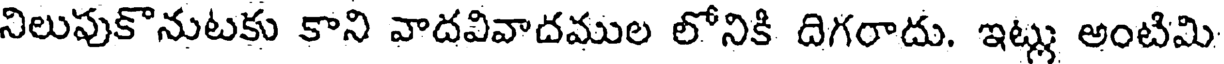
నిలుపుకొనుటకు కాని వాదవివాదముల లోనికి దిగరాదు. ఇట్లు అంటిమి